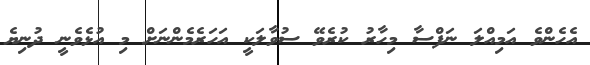
އެހެންވެ އަމިއްލަ ނަފްސާ މިހާރު ކުރެވޭ ސުވާލަކީ އަހަރެމެންނަށް މި އުޅެވެނީ ދުނިޔެ